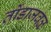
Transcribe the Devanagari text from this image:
तोंडाजवळ